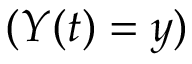
( Y ( t ) = y )